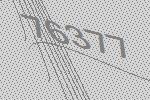
76377